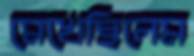
মেখেছিলেম